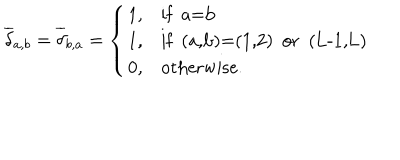
LaTeX: \overline { { { \delta } } } _ { a , b } = \overline { { { \delta } } } _ { b , a } = \left\{ \begin{array} { l l } { { 1 , } } & { { \mathrm { i f ~ a = b ~ } } } \\ { { 1 , } } & { { \mathrm { i f ~ ( a , b ) = ( 1 , 2 ) ~ o r ~ ( L - 1 , L ) ~ } } } \\ { { 0 , } } & { { \mathrm { o t h e r w i s e . } } } \\ \end{array} \right.